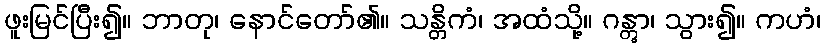
ဖူးမြင်ပြီး၍။ ဘာတု၊ နောင်တော်၏။ သန္တိကံ၊ အထံသို့။ ဂန္တွာ၊ သွား၍။ ကဟံ၊